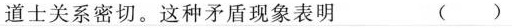
道士关系密切。这种矛盾现象表明 ( )